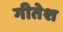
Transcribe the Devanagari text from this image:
गीतेश